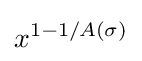
x^{1-1/A(\sigma )}